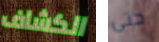
الكشاف حتى